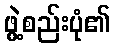
ဖွဲ့စည်းပုံ၏